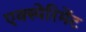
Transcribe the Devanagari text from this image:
एक्स्पेरिमेंट